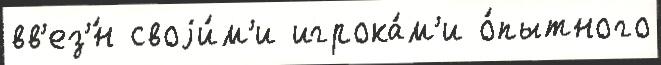
вв'ез'́н своjи́м'и игрока́м'и о́пытного